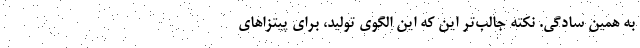
به همین سادگی. نکته جالب‌تر این که این الگوی تولید، برای پیتزاهای